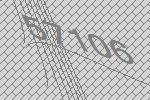
57106